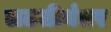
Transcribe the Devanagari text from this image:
लढतीनंतर